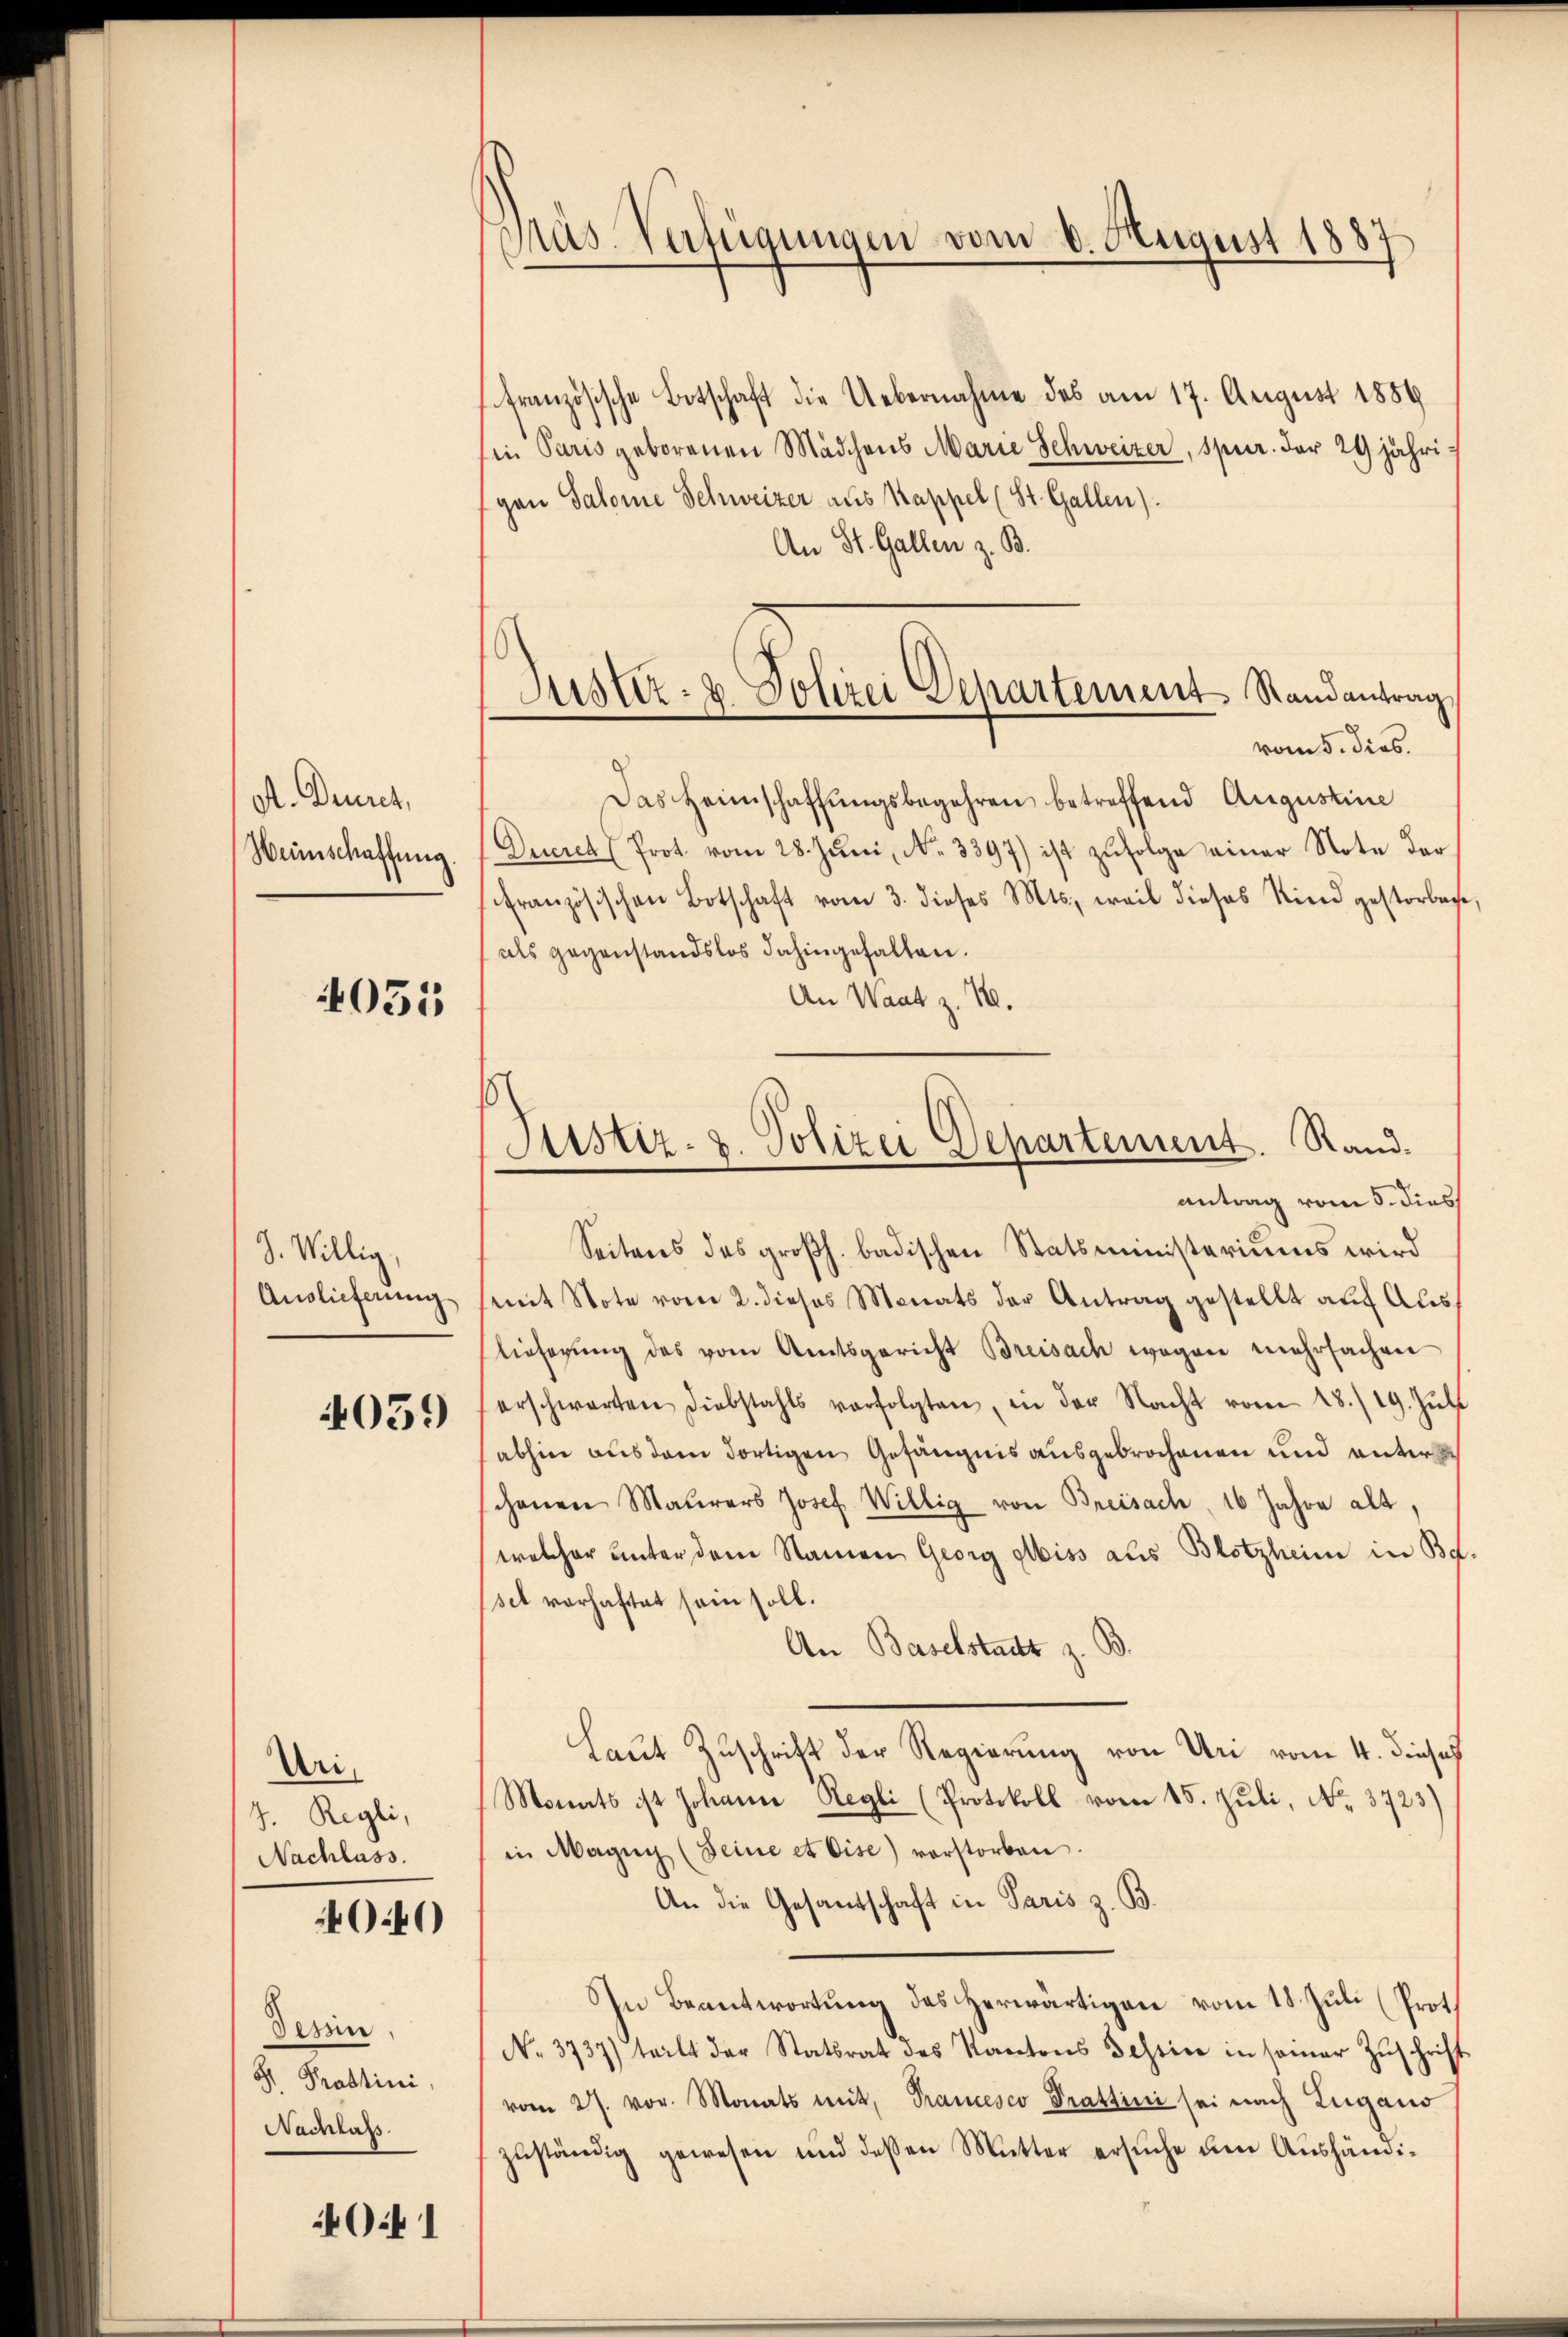
A. Duret,
Weinschaffung.

055

J. Willig,
Auslieferung

4059)

Uri,
7. Regli,
Nachlass.

4040

Tessin
Gr. Prastini,
Nachlass

0:1

Mas Verfügungen vom 6. August 1887

tranzösische Botschaft die Uebernahme des am 17. August 1889
Ein Paris geborenen Mädchens Marie Schweizer, spur. der 29 jährigen Salome Schweizer aus Kappel (St. Gallen)
An St. Gallen z. B.
Das Heimschaffŭngsbegehren betreffend Augustine
Ducret (Prot. vom 28. Juni, No. 3397) ist zufolge einer Note der
Französischen Botschaft vom 3. dieses Mts., weil dieses Kind gestorbene
als gegenstandslos dahingehalten.
An Waat z. 18.
Seitens des großh. badischen Statsministeriums wird
(mit Note vom 2. dieses Monats der Antrag gestellt auf Auslieferung des vom Amtsgericht Breisach wegen mehrfachen
erschwarten diebstahls verfolgten, in der Nacht vom 28./19. Jŭli
abhin aus dem dortigen Gefängnis ausgebrochenen und unter
chenen Maurers Josef Willig von Breisach, 16 Jahre alt,
welcher unter dem Namen Georg Albiss aus Blotzheim in Be
set vorhaftet sein soll.
An Baselstadt z. B
Laut Zuschritt der Regierung von Uri vom 4. dieses
Monats ist Johann Regli (Protokoll vom 15. Juli, No. 3723)
in Magni (Seine et Cise) vorstorben.
An die Gesandschaft in Paris z. B.
In Beantwortung des herwärtigen vom 18. Juli (Prot
No. 3737) teilt der Statsrat des Kantons Testice in seiner Zŭschrift
vom 27. vor. Monats mit Prancesco Prattini sei nach Lugano
zŭständig gewesen und dessen Mutter ersŭche um Aushändi¬

Justiz- & Polizei Departement, Randantrag,
vom 5. dies

Justiz- u. Polizei Departement. Rand.
.
antrag vom 5. dies